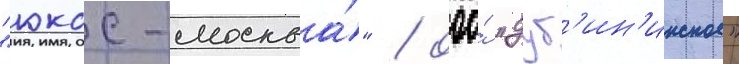
"юкос-москва́" / ооо́ "дуб'ин'инское"